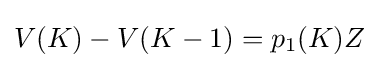
V(K)-V(K-1)=p_{1}(K)Z